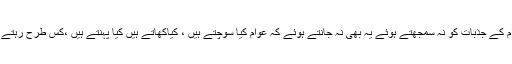
عوام سے مونہہ موڑ کر اور عوام کے جذبات کو نہ سمجھتے ہوئے یہ بھی نہ جانتے ہوئے کہ عوام کیا سوچتے ہیں ، کیاکھاتے ہیں کیا پہنتے ہیں ،کس طرح رہتے ہیں کس طرح محبت کرتے ہیں۔